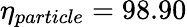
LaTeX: \eta_{particle}=98.90